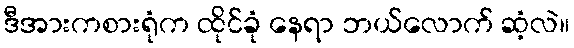
ဒီအားကစားရုံက ထိုင်ခုံ နေရာ ဘယ်လောက် ဆံ့လဲ။